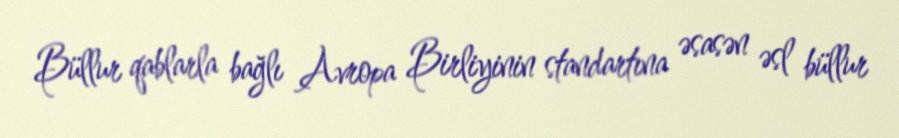
Büllur qablarla bağlı Avropa Birliyinin standartına əsasən əsl büllur